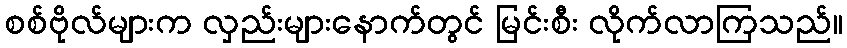
စစ်ဗိုလ်များက လှည်းများနောက်တွင် မြင်းစီး လိုက်လာကြသည်။